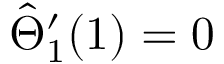
\hat { \Theta } _ { 1 } ^ { \prime } ( 1 ) = 0